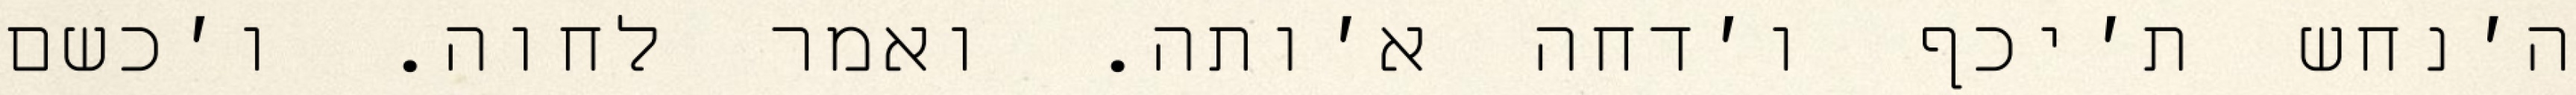
ה׳נחש ת׳יכף ו׳דחה א׳ותה. ואמר לחוה. ו׳כשם